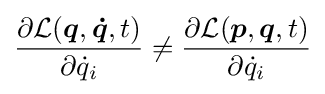
{\frac {\partial {\mathcal {L}}({\boldsymbol {q}},{\boldsymbol {\dot {q}}},t)}{\partial {\dot {q}}_{i}}}\neq {\frac {\partial {\mathcal {L}}({\boldsymbol {p}},{\boldsymbol {q}},t)}{\partial {\dot {q}}_{i}}}